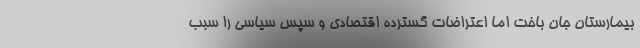
بیمارستان جان باخت اما اعتراضات گسترده اقتصادی و سپس سیاسی را سبب